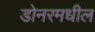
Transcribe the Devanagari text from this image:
डोनरमधील